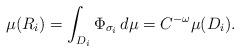
LaTeX: \begin{align*}\mu(R_i)=\int_{D_i}\Phi_{\sigma_i}\,d\mu=C^{-\omega}\mu(D_i).\end{align*}